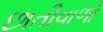
છાતીવાળો